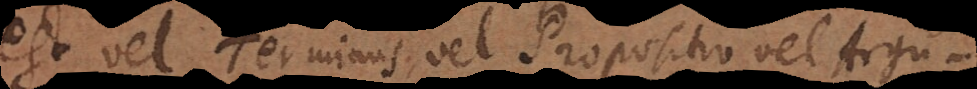
est vel Terminus, vel Propositio vel Argu